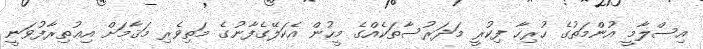
އިސްލާމީ އުންމަތުގެ ހުރިހާ ފިކުރީ މަދަރުސާތަކެއްގެ މީހުން އެކަލޭގެފާނުގެ މަތިވެރި މަޤާމަށް އިޢުތިރާފުވަނީ